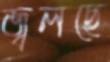
জ্বলছে